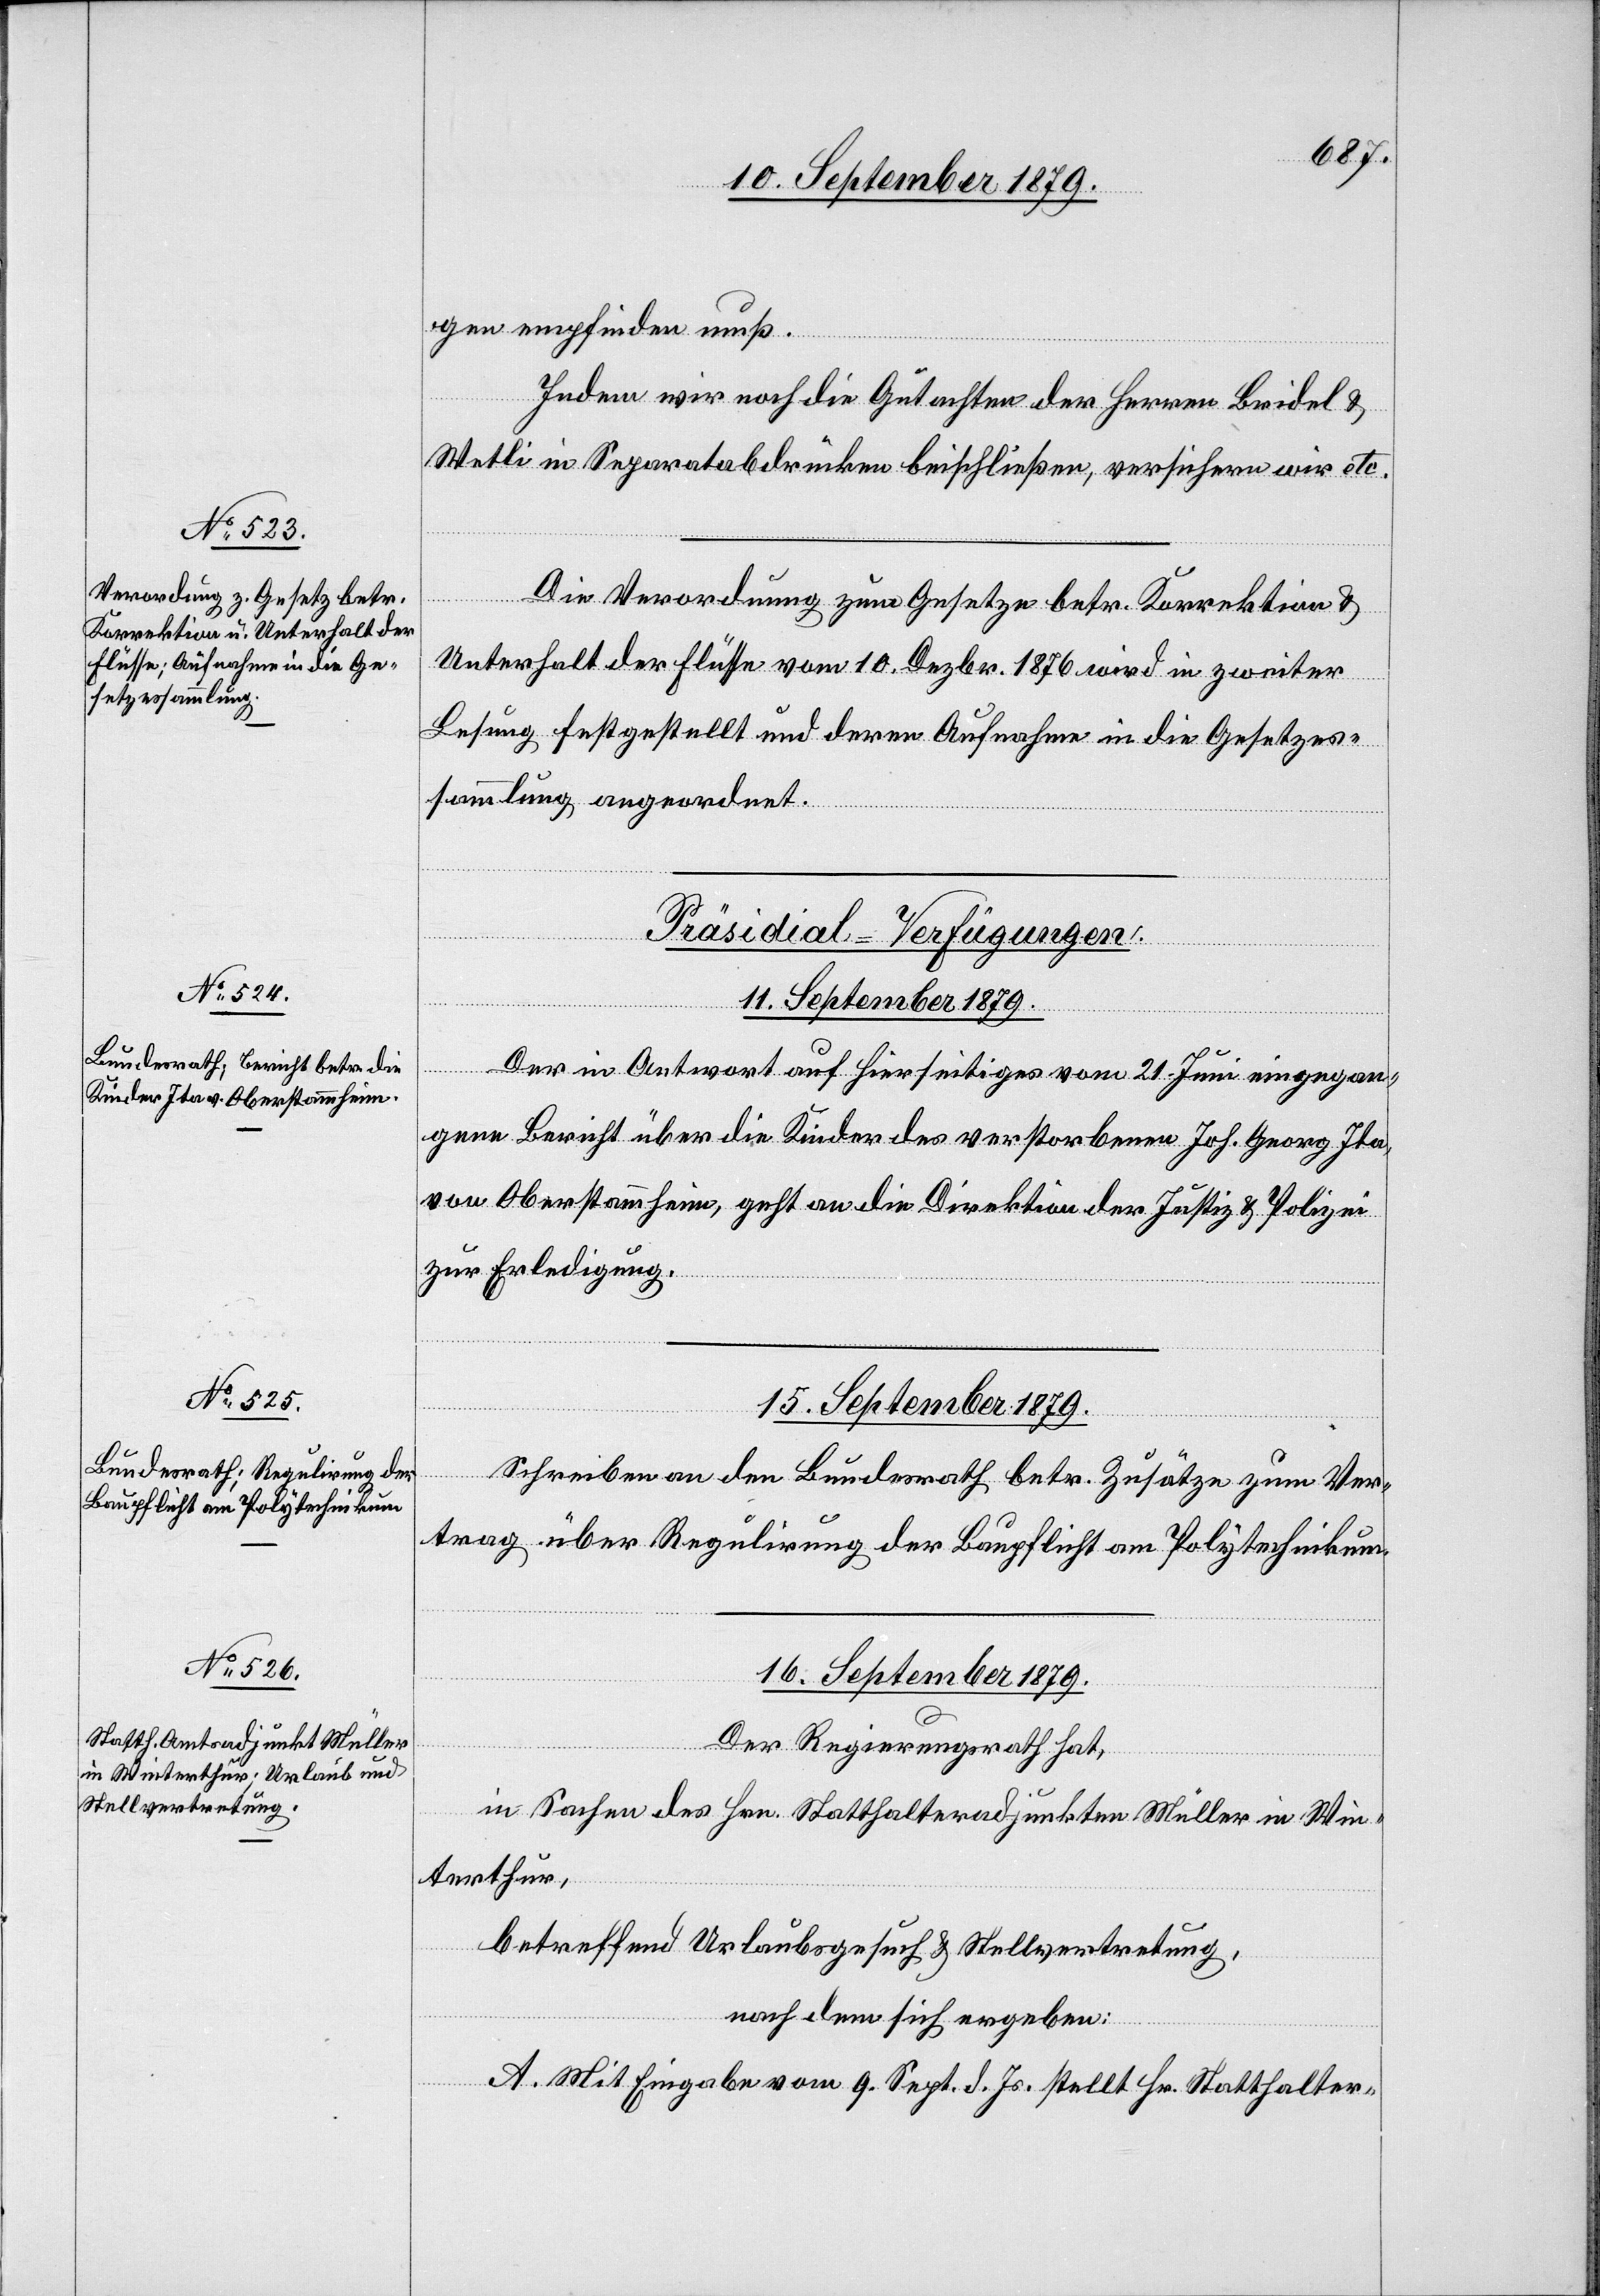
gen empfinden muß.
Indem wir noch die Gutachten der Herren Bridel &
Wetli in Separatabdrücken beischließen, versichern wir etc.
Die Verordnung zum Gesetze betr. Korrektion &
Unterhalt der Flüsse vom 10. Dezbr. 1876 wird in zweiter
Lesung festgestellt und deren Aufnahme in die Gesetzes¬
sammlung angeordnet.
[Präsidial-Verfügungen.]
15. September 1879.
Der in Antwort auf Hierseitiges vom 21. Juni eingegan¬
gene Bericht über die Kinder des verstorbenen Joh. Georg Ita,
von Oberstammheim, geht an die Direktion der Justiz & Polizei
zur Erledigung.
Schreiben an den Bundesrath betr. Zusätze zum Ver¬
trag über Regulirung der Baupflicht am Polytechnikum.
16. September 1879.
Der Regierungsrath hat,
in Sachen des Hrn. Statthalteradjunkten Müller in Win¬
terthur,
betreffend Urlaubsgesuch & Stellvertretung,
nachdem sich ergeben:
A. Mit Eingabe vom 9. Sept. d. Js. stellt Hr. Statthalter-